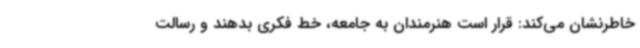
خاطرنشان می‌کند: قرار است هنرمندان به جامعه، خط فکری بدهند و رسالت